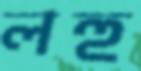
লহু